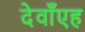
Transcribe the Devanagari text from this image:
देवाँएह